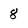
Character: 8